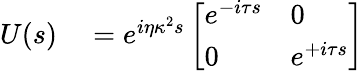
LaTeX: \begin{array}{rl}{U(s)}&{{}=e^{i\eta\kappa^{2}s}\left[\begin{array}{ll}{e^{-i\tau s}}&{0}\\ {0}&{e^{+i\tau s}}\end{array}\right]}\end{array}